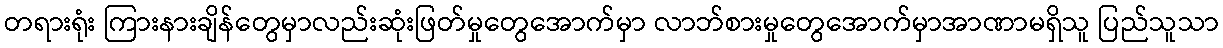
တရားရုံး ကြားနားချိန်တွေမှာလည်းဆုံးဖြတ်မှုတွေအောက်မှာ လာဘ်စားမှုတွေအောက်မှာအာဏာမရှိသူ ပြည်သူသာ